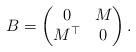
LaTeX: \begin{align*} B=\begin{pmatrix}0& M\\ M^\top & 0 \end{pmatrix}.\end{align*}